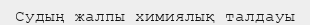
Судың жалпы химиялық талдауы